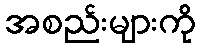
အစည်းများကို